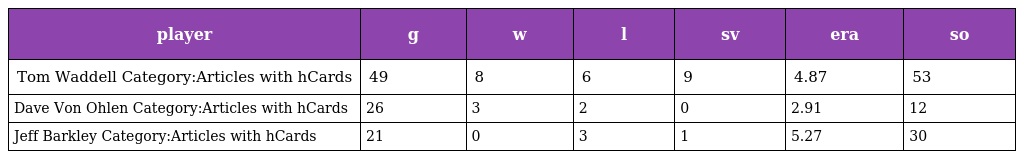
| player | g | w | l | sv | era | so |
 | --- | --- | --- | --- | --- | --- | --- |
 | Tom Waddell Category:Articles with hCards | 49 | 8 | 6 | 9 | 4.87 | 53 |
 | Dave Von Ohlen Category:Articles with hCards | 26 | 3 | 2 | 0 | 2.91 | 12 |
 | Jeff Barkley Category:Articles with hCards | 21 | 0 | 3 | 1 | 5.27 | 30 |